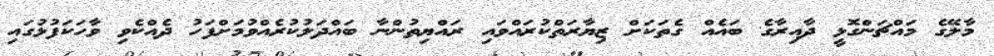
މާލޭގެ މައްޗަންގޮޅީ ދާއިރާގެ ބައެއް ގެތަކަށް ޒިޔާރަތްކުރައްވައި ރައްޔިތުންނާ ބައްދަލުކުރެއްވުމަށްފަހު ދެއްކެވި ވާހަކަފުޅުގައި